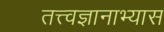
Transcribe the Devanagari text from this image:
तत्त्वज्ञानाभ्यास